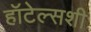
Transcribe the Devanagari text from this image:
हॉटेल्सशी